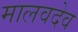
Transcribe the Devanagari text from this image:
मालवदेव